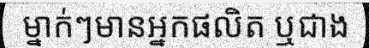
ម្នាក់ៗមានអ្នកផលិត ឬជាង